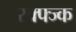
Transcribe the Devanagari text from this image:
स्क्फ्ज्क